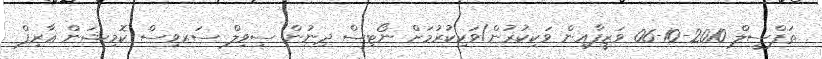
ތަފްސީލް 2010-10-06 ވަޒީފާއިން ވަކިކުރުން/ވަކިކުރުމަށް ނޯޓިސް ދިނުން ސިވިލް ސަރވިސް ކޮމިޝަން ޢާރިފް